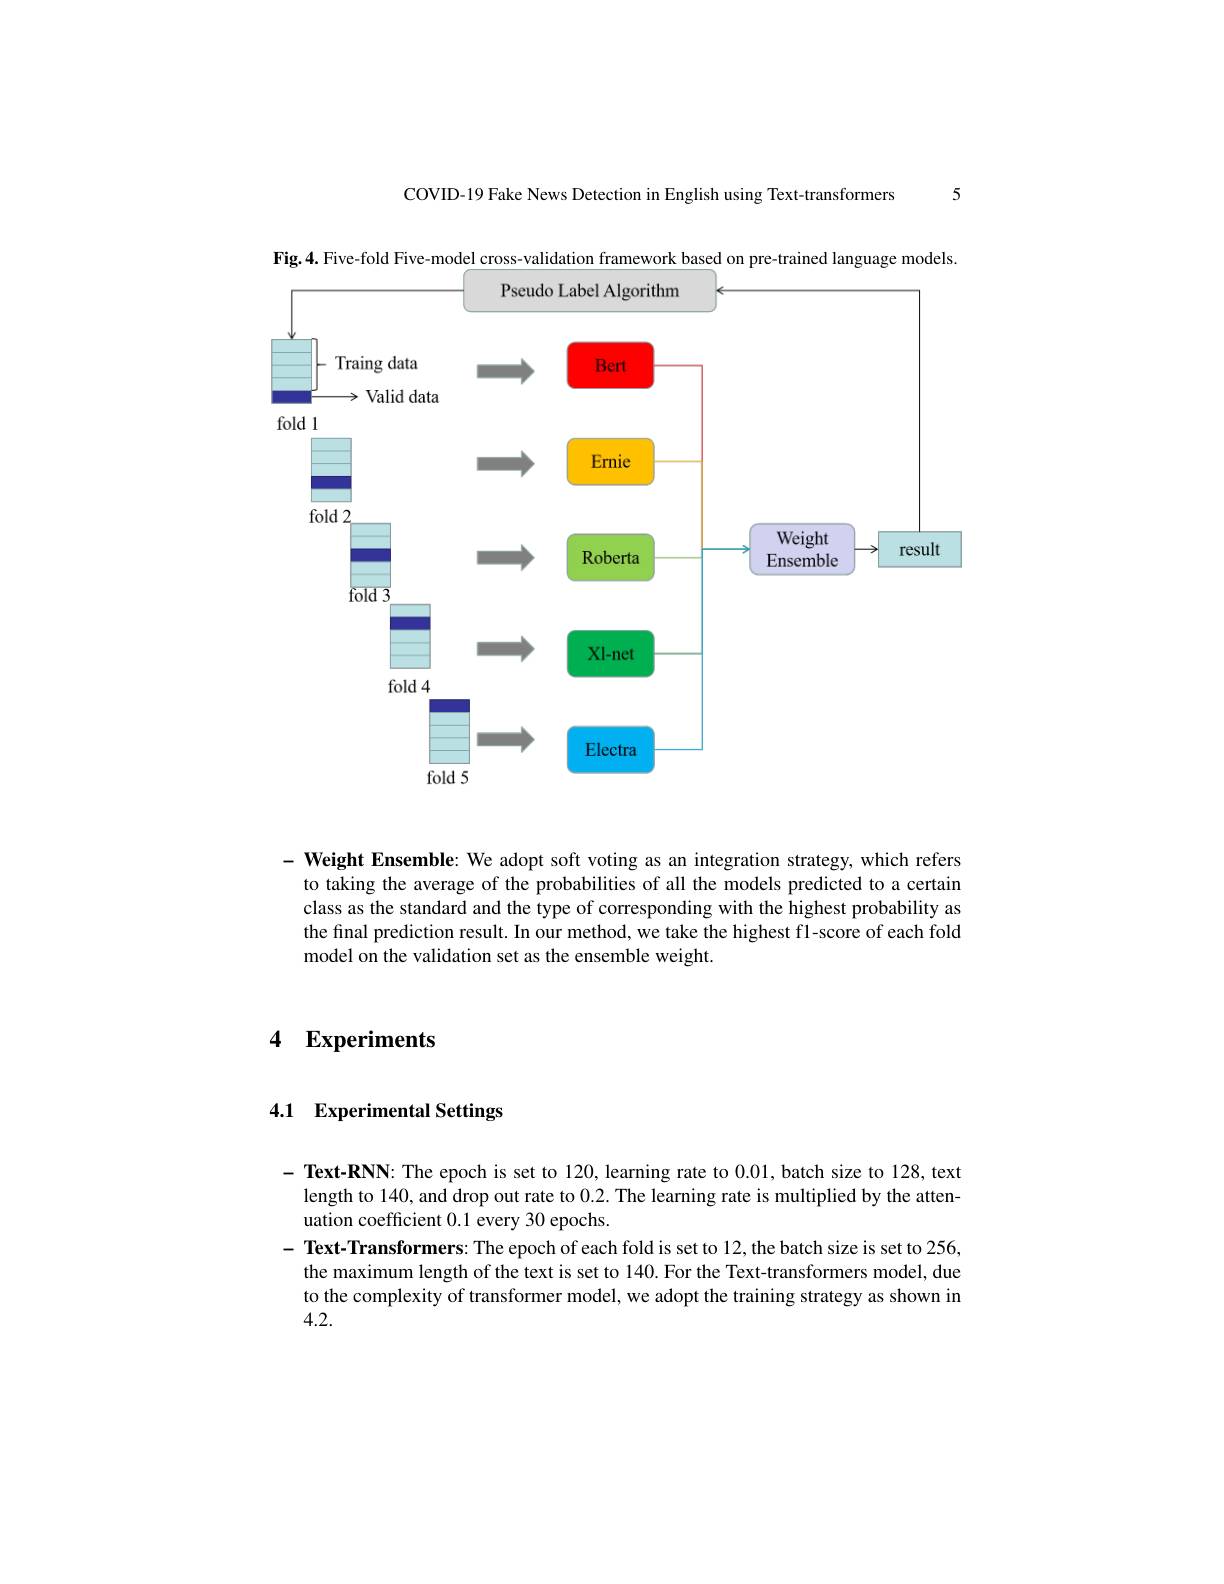
5

COVID-19 Fake News Detection in English using Text-transformers

Fig.4. Five-fold Five-model cross-validation framework based on pre-trained language models.
<FigureHere>

$- \textbf{Weight Ensemble: We adopt soft voting as an integration strategy, which refers}$ to taking the average of the probabilities of all the models predicted to a certain class as the standard and the type of corresponding with the highest probability as the final prediction result. In our method, we take the highest fl-score of each fold model on the validation set as the ensemble weight.

4 $\textbf{Experiments}$

## 4.1 Experimental Settings

$- \textbf{ Text- RNN: The epoch is set to 120, learning rate to }0. 01$,batch size to 128,text
length to 140, and drop out rate to 0.2. The learning rate is multiplied by the atten-
uation coefficient 0.1 every 30 epochs.
- Text-Transformers: The epoch of each fold is set to 12, the batch size is set to 256, the maximum length of the text is set to 140.For the Text-transformers model, due to the complexity of transformer model, we adopt the training strategy as shown in 4.2.